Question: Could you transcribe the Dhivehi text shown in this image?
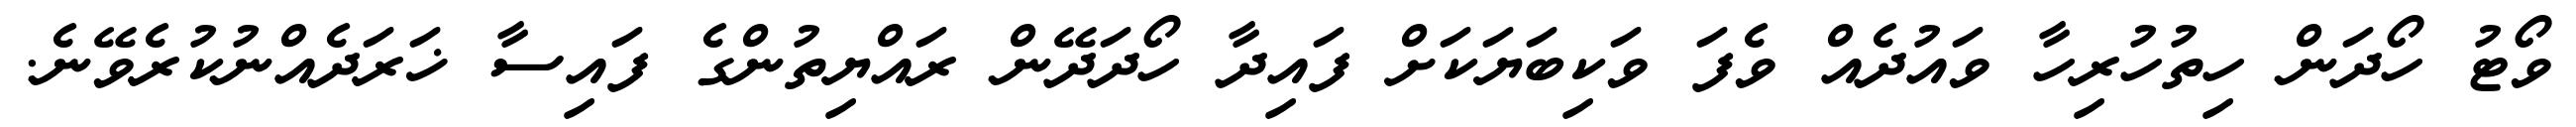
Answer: ވޯޓު ހޯދަން ހިތުހުރިހާ ވައުދެއް ވެފަ ވަކިބަޔަކަށް ފައިދާ ހޯދަދޭން ރައްޔިތުންގެ ފައިސާ ޚަރަދެއްނުކުރެވޭނެ.